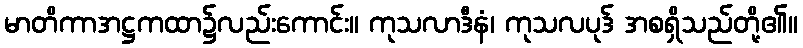
မာတိကာအဋ္ဌကထာ၌လည်းကောင်း။ ကုသလာဒီနံ၊ ကုသလပုဒ် အစရှိသည်တို့၏။